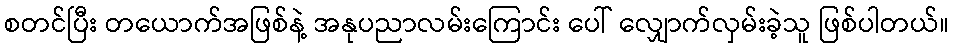
စတင်ပြီး တယောက်အဖြစ်နဲ့ အနုပညာလမ်းကြောင်း ပေါ် လျှောက်လှမ်းခဲ့သူ ဖြစ်ပါတယ်။